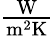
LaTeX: \textstyle\mathrm{{\frac{W}{m^{2}K}}}